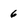
Character: 6